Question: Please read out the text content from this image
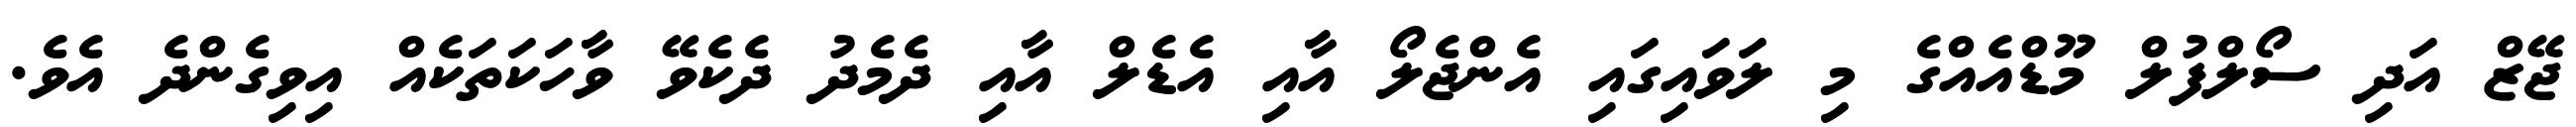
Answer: ޖޭޒް އަދި ސޯލްފުލް މޫޑްއެއްގެ މި ލަވައިގައި އެންޖެލޯ އާއި އެޑެލް އާއި ދެމެދު ދެކެވޭ ވާހަކަތަކެއް އިވިގެންދެ އެވެ.